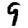
Digit: 9